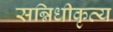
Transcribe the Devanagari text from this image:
सन्निधीकृत्य